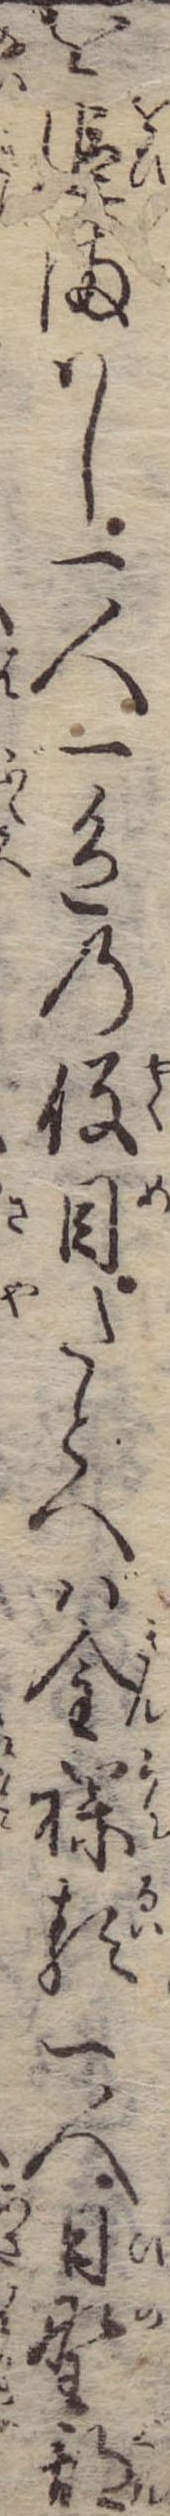
を追まはし一人一色の役目たとへば金襴類一人日野郡